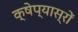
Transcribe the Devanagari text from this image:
क्षेप्यास्रों